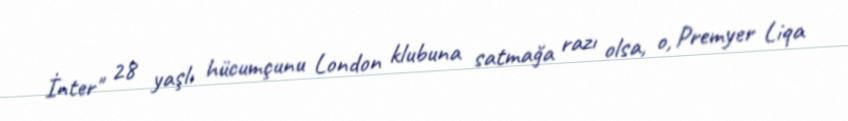
İnter" 28 yaşlı hücumçunu London klubuna satmağa razı olsa, o, Premyer Liqa